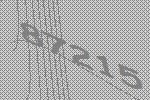
87215